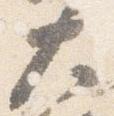
大